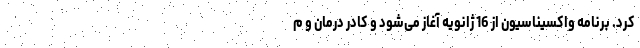
کرد. برنامه واکسیناسیون از 16 ژانویه آغاز می‌شود و کادر درمان و م